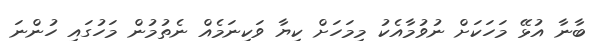
ބާނާ އުޅޭ މަހަކަށް ނުވުމާއެކު މިމަހަށް ކިޔާ ވަކިނަމެއް ނެތުމުން މަހުގައި ހުންނަ